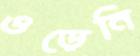
ওড়েনি